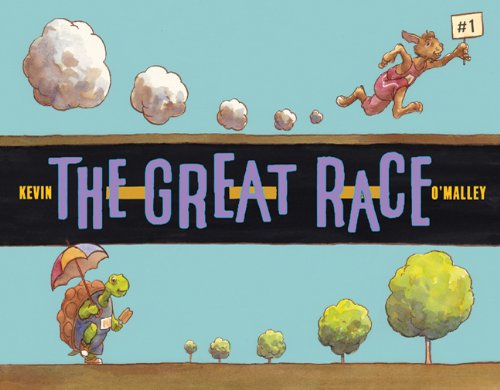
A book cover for The Great Race; Kevin O'Malley; Children's Books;